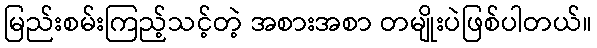
မြည်းစမ်းကြည့်သင့်တဲ့ အစားအစာ တမျိုးပဲဖြစ်ပါတယ်။